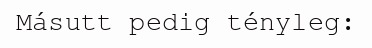
Másutt pedig tényleg: